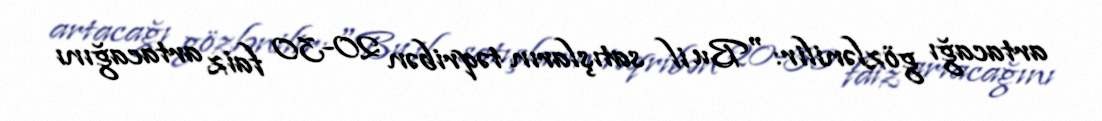
artacağı gözlənilir: "Bu il satışların təqribən 20-30 faiz artacağını